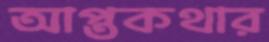
আপ্তকথার